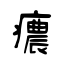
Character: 癑